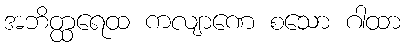
အဘိတ္ထရေထ ကလျာဏေ စသော ဂါထာ